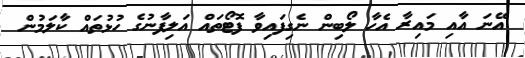
އޭނަ އާއި މައިރާ އެހާ ލޯބިން ނެގިފައިވާ ފޮޓޯތައް އަލިފާނުގެ ހުޅުތައް ކާލަމުން